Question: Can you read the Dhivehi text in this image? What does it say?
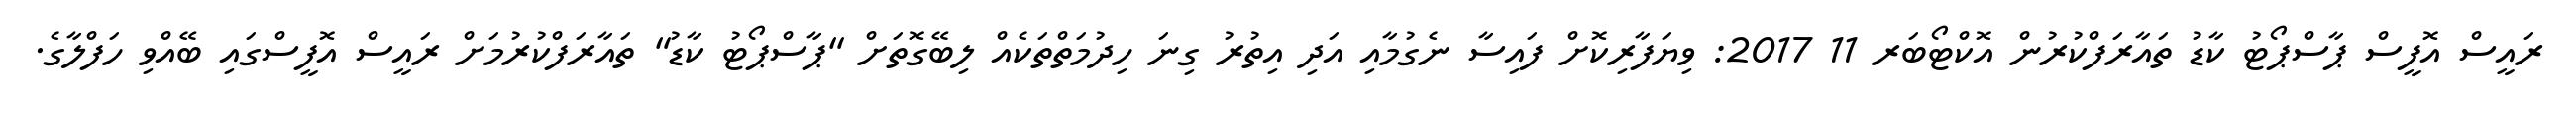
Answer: ރައީސް އޮފީސް ޕާސްޕޯޓު ކާޑު ތައާރަފްކުރުން އޮކްޓޯބަރ 11 2017: ވިޔަފާރިކޮށް ފައިސާ ނެގުމާއި އަދި އިތުރު ގިނަ ހިދުމަތްތަކެއް ލިބޭގޮތަށް "ޕާސްޕޯޓު ކާޑު" ތައާރަފްކުރުމަށް ރައީސް އޮފީސްގައި ބޭއްވި ހަފްލާގެ.